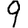
Digit: 9